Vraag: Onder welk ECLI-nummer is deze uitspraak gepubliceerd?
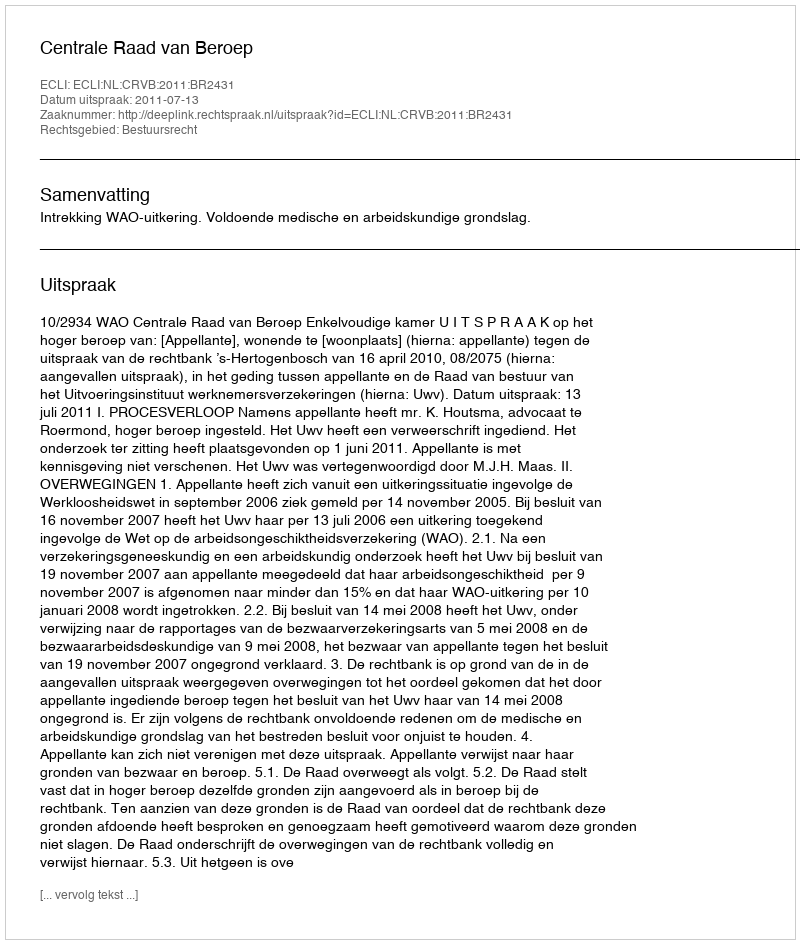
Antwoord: ECLI:NL:CRVB:2011:BR2431